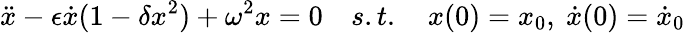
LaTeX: \ddot{x}-\epsilon\dot{x}(1-\delta x^{2})+\omega^{2}x=0\quad s.t.\quad x(0)=x_{0},\ \dot{x}(0)=\dot{x}_{0}